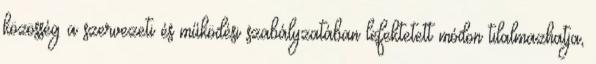
közösség a szervezeti és működési szabályzatában lefektetett módon tilalmazhatja,